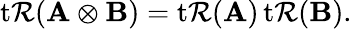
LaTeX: \operatorname{t\mathcal{R}}(\mathbf{{A}}\otimes\mathbf{{B}})=\operatorname{t\mathcal{R}}(\mathbf{{A}})\operatorname{t\mathcal{R}}(\mathbf{{B}}).